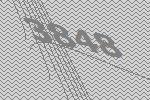
3848